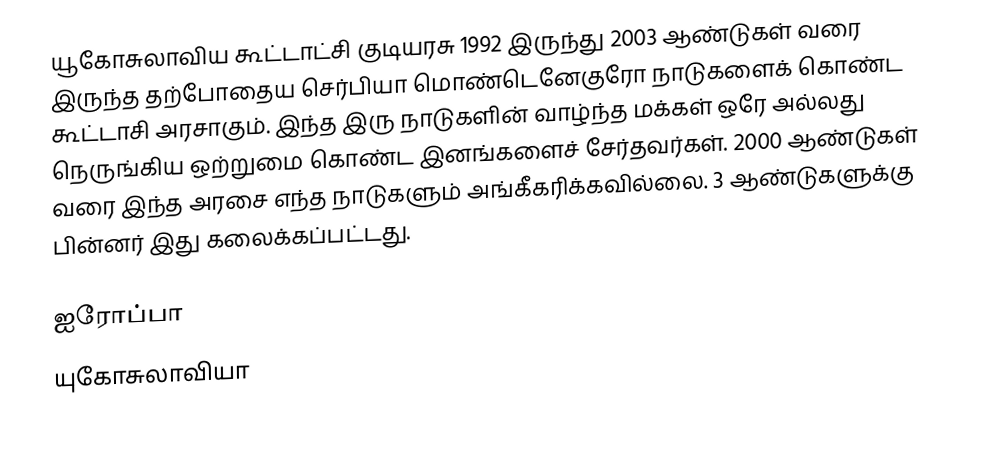
யூகோசுலாவிய கூட்டாட்சி குடியரசு 1992 இருந்து 2003 ஆண்டுகள் வரை இருந்த தற்போதைய செர்பியா மொண்டெனேகுரோ நாடுகளைக் கொண்ட கூட்டாசி அரசாகும்.  இந்த இரு நாடுகளின் வாழ்ந்த மக்கள் ஒரே அல்லது நெருங்கிய ஒற்றுமை கொண்ட இனங்களைச் சேர்தவர்கள்.  2000 ஆண்டுகள் வரை இந்த அரசை எந்த நாடுகளும் அங்கீகரிக்கவில்லை.  3 ஆண்டுகளுக்கு பின்னர் இது கலைக்கப்பட்டது.

ஐரோப்பா
யுகோசுலாவியா